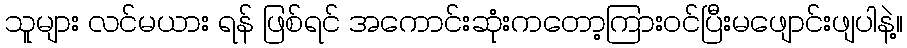
သူများ လင်မယား ရန် ဖြစ်ရင် အကောင်းဆုံးကတော့ကြားဝင်ပြီးမဖျောင်းဖျပါနဲ့။